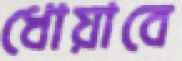
ধোয়াবে